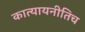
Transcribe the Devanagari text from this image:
कात्यायनीतिच